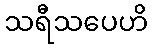
သရီသပေဟိ